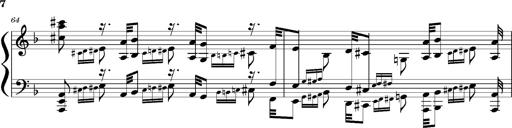
Title: Concerto sans orchestre, S.524a
Composer: Franz Liszt
Key: A major